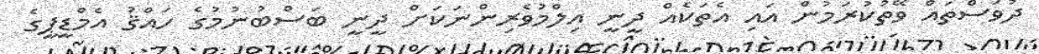
ދުވަސްތައް ވޭތުކުރަމުން އައި އެތަކެއް ދީނީ އިލްމުވެރިންނަކަށް ދީނީ ބަސްބުނުމުގެ ހައްޤު އެމްޑީޕީގެ